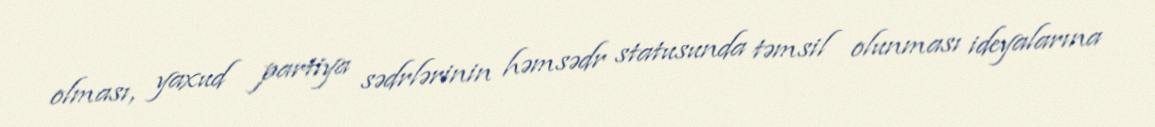
olması, yaxud partiya sədrlərinin həmsədr statusunda təmsil olunması ideyalarına